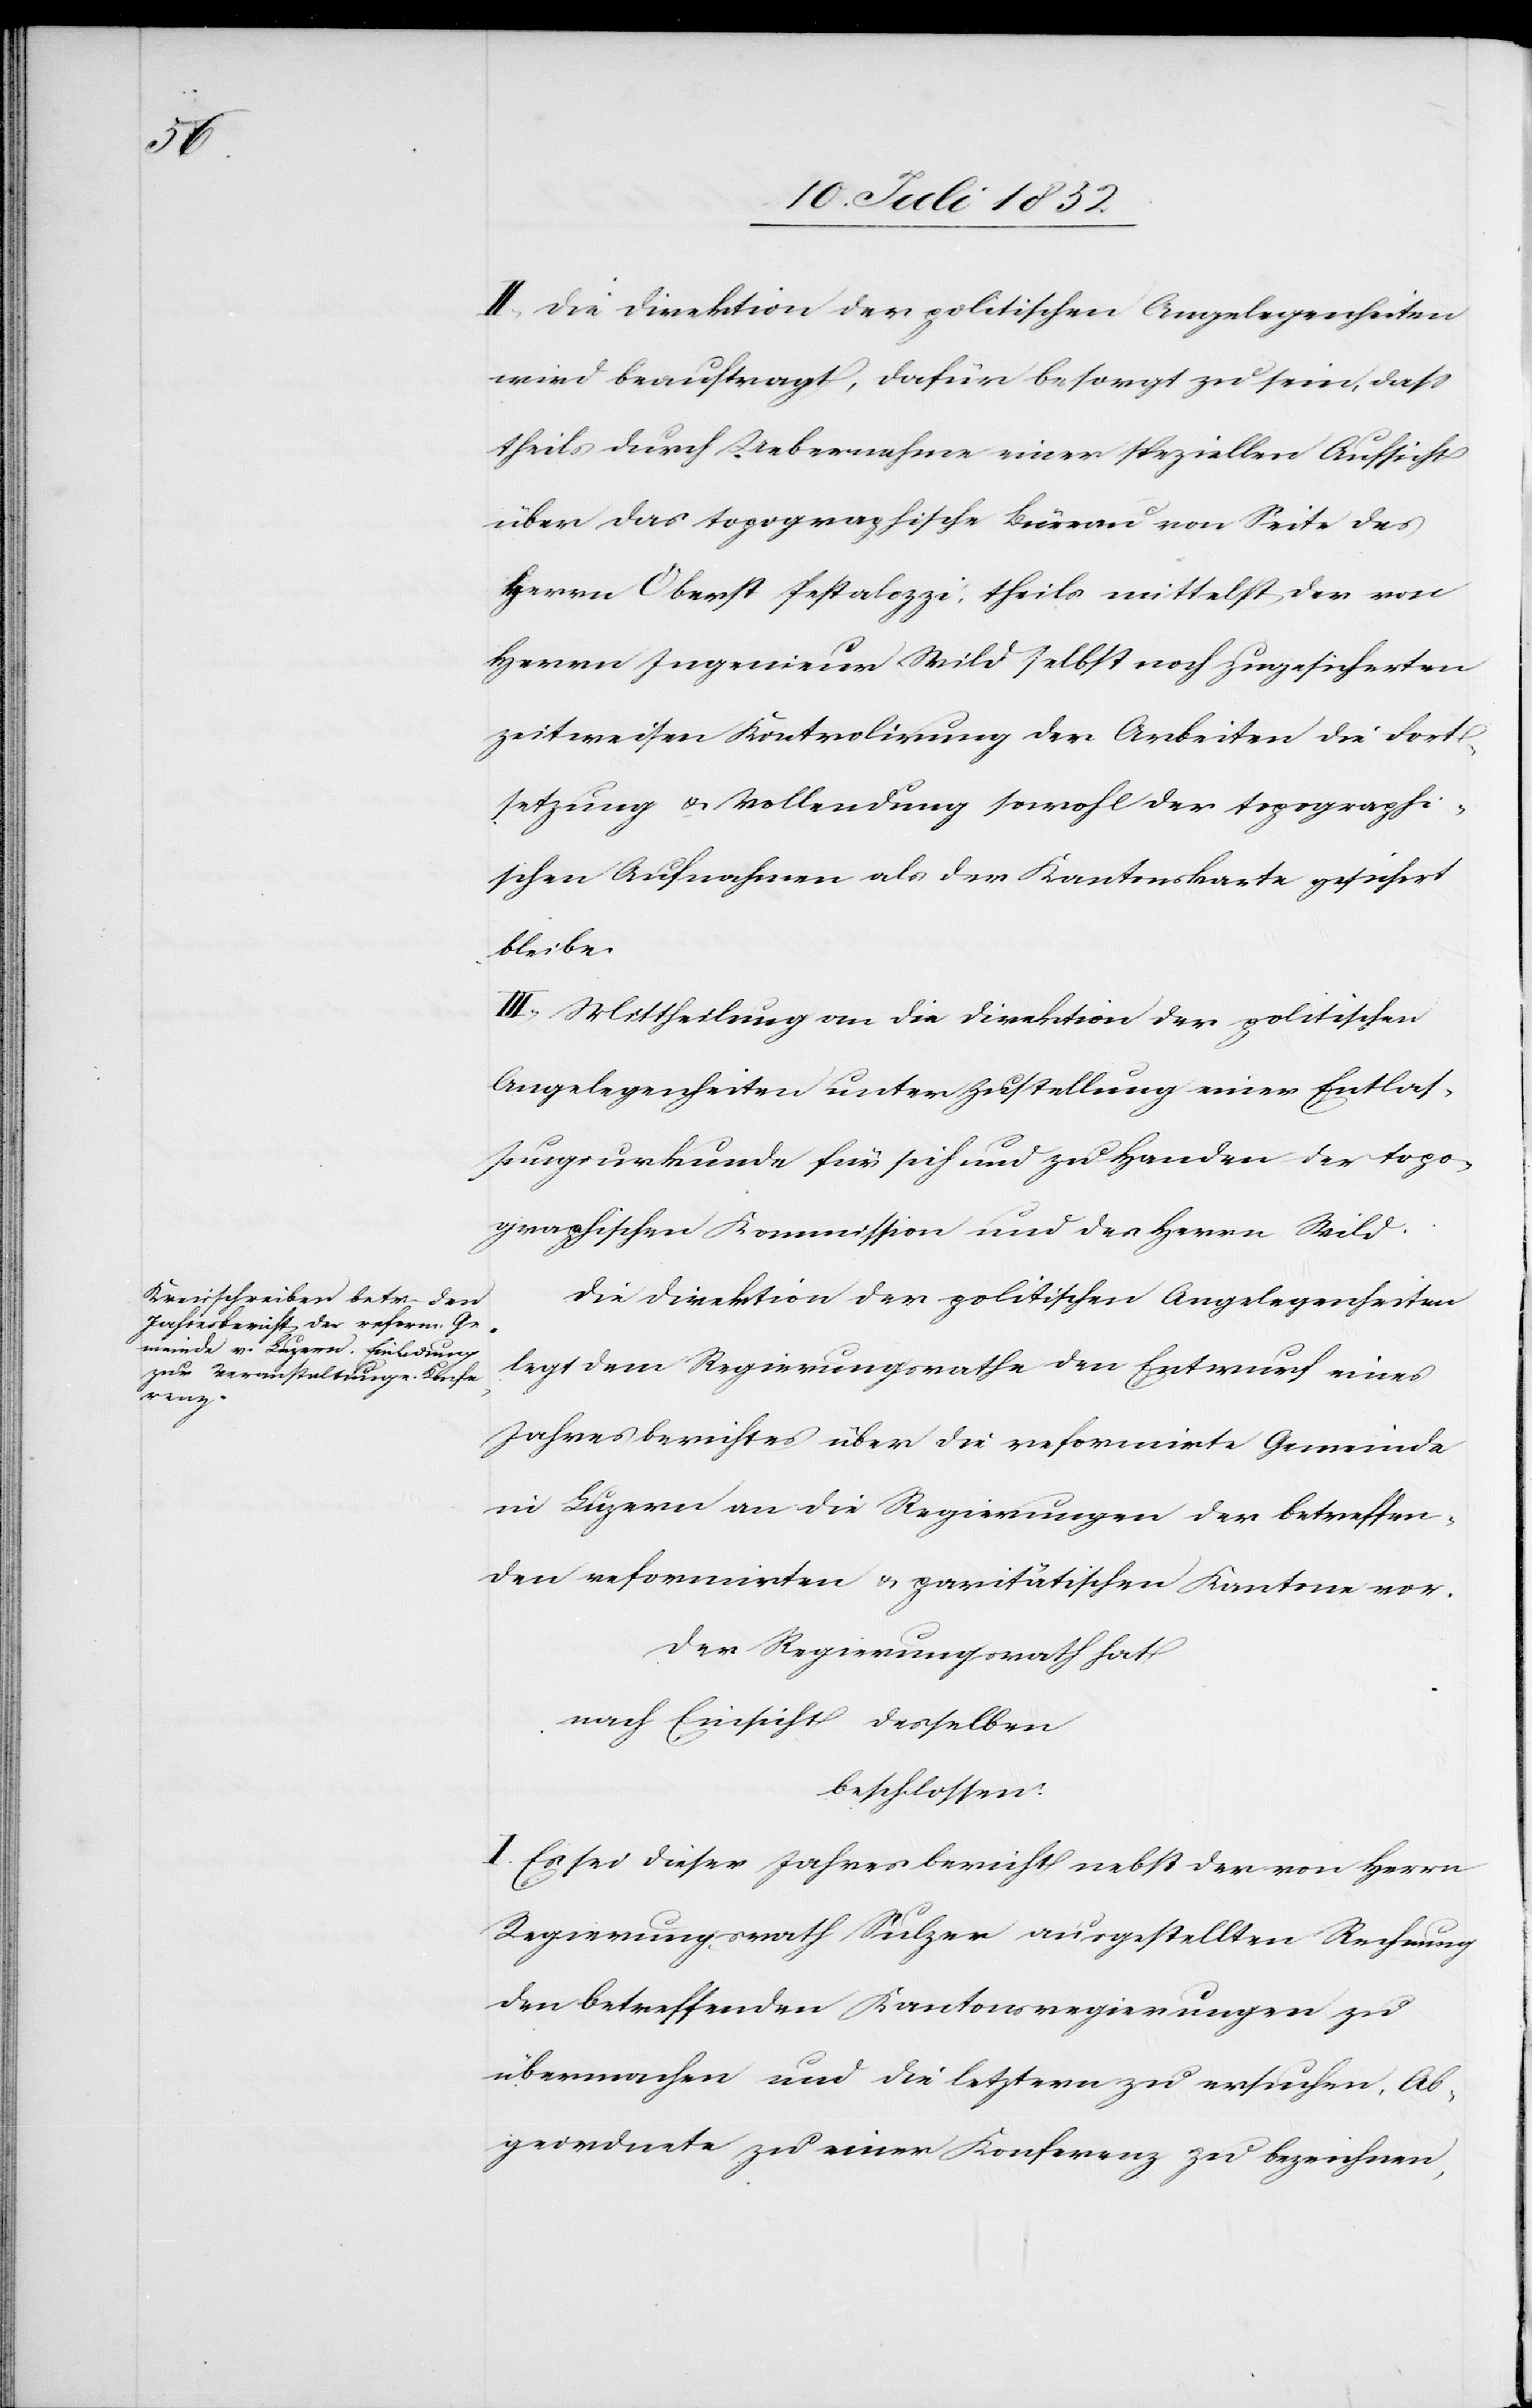
II, Die Direktion der politischen Angelegenheiten
wird beauftragt, dafür besorgt zu sein, dass
theils durch Uebernahme einer speziellen Aufsicht
über das topographische Büreau von Seite des
Herrn Oberst Pestalozzi, theils mittelst der von
Herrn Ingenieur Wild selbst noch zugesicherten
zeitweisen Kontrolirung der Arbeiten die Fort¬
setzung & Vollendung sowohl der topograhi¬
schen Aufnahmen als der Kantonskarte gesichert
bleibe.
III, Mittheilung an die Direktion der politischen
Angelegenheiten unter Zustellung einer Entlas¬
sungsurkunde für sich und zu Handen der topo¬
graphischen Kommission und des Herrn Wild.
Die Direktion der politischen Angelegenheiten
legt dem Regierungsrathe den Entwurf eines
Jahresberichtes über die reformirte Gemeinde
in Luzern an die Regierungen der betreffen¬
den reformirten & paritätischen Kantone vor.
Der Regierungsrath hat
nach Einsicht desselben
beschlossen:
I. Es sei dieser Jahresbericht nebst der von Herrn
Regierungsrath Sulzer ausgestellten Rechnung
den betreffenden Kantonsregierungen zu
übermachen und die letztern zu ersuchen, Ab¬
geordnete zu einer Konferenz zu bezeichnen,